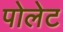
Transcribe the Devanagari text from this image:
पोलेट